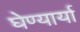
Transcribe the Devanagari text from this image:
घेण्यार्या